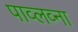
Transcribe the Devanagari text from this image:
पाव्लव्ना